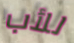
للأب